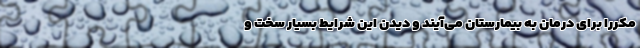
مکررا برای درمان به بیمارستان می‌آیند و دیدن این شرایط بسیار سخت و